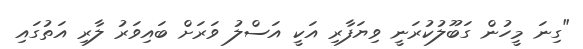
"ގިނަ މީހުން ގަބޫލުކުރަނީ ވިޔަފާރި އަކީ އަސްލު ވަރަށް ބައިވަރު ލާރި އަތުގައި